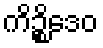
ကိဉ္စိဒေဝ